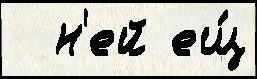
  н'ей ещ́